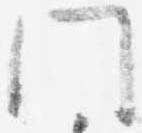
門